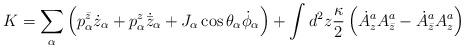
LaTeX: \begin{align*}K = \sum_\alpha\left(p^{\bar z}_\alpha \dot z_{\alpha}+p^{z}_\alpha \dot{{\bar z}}_{\alpha}+J_\alpha \cos \theta_\alpha \dot \phi_\alpha\right)+\int d^2 z {\kappa\over 2}\left(\dot A^a_z A^a_{\bar z} -\dot A^a_{\bar z}A^a_{ z}\right)\end{align*}